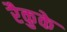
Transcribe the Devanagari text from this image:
रैकुके